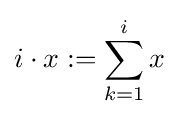
i\cdot x:=\sum _{k=1}^{i}x